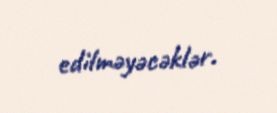
edilməyəcəklər.